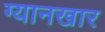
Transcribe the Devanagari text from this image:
ग्यानखार